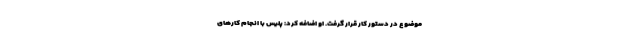
موضوع در دستور کار قرار گرفت. او اضافه کرد: پلیس با انجام کار‌های